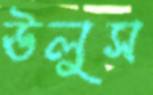
ঊলুস